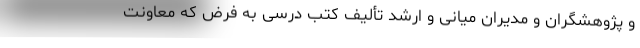
و پژوهشگران و مدیران میانی و ارشد تألیف کتب درسی به فرض که معاونت